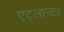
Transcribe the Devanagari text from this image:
एट्लान्टा